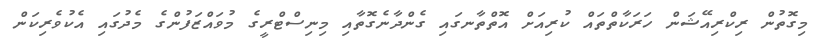
މިގޮތުން ރިކްރިއޭޝަން ހަރަކާތްތައް ކުރިއަށް އޮތްތާނގައި ގެންދާނެގޮތާއި މިނިސްޓްރީގެ މުވައްޒަފުންގެ މެދުގައި އެކުވެރިކަން